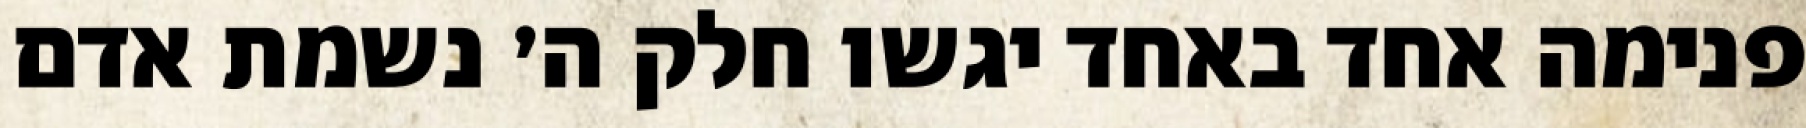
פנימה אחד באחד יגשו חלק ה׳ נשמת אדם